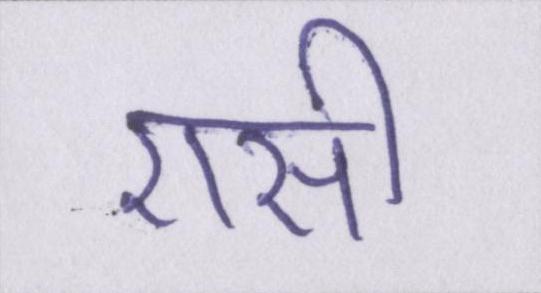
एसी